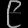
Digit: ၉